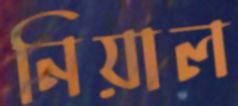
নিয়াল